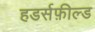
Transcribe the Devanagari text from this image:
हडर्सफ़ील्ड